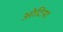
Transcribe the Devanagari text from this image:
ओटिया